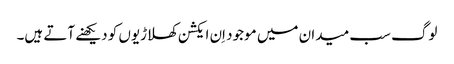
لوگ سب میدان میں موجود اِن ایکشن کھلاڑیوں کو دیکھنے آتے ہیں۔